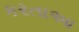
કરતાઆ